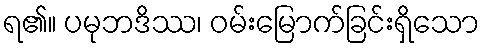
ရ၏။ ပမုဘဒိဿ၊ ဝမ်းမြောက်ခြင်းရှိသော